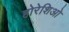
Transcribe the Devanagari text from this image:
होरेशिओ